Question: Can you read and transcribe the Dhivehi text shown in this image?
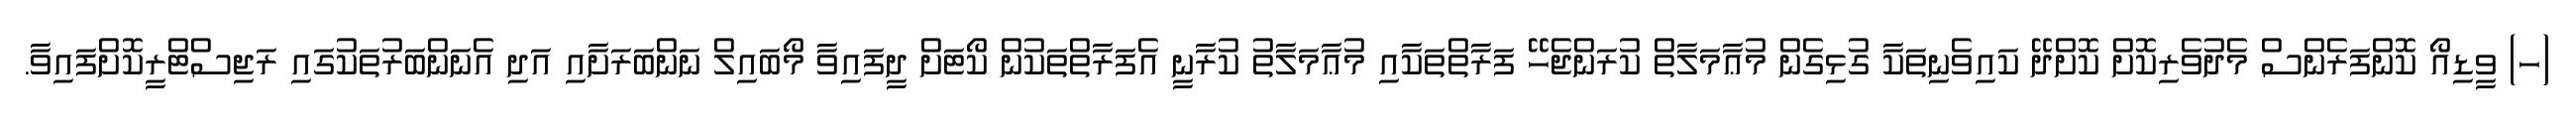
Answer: (ހ) ވީޑިއޯ ކޮންފަރެންސް މެދުވެރިކޮށް ކޮށްދޭ ކައިވެނިތަކާ ގުޅިގެން މުޢާމަލާތް ކުރަންޖެހޭ ފަރާތްތަކާއި މުޢާމަލާތު ކުރާނީ އެފަރާތްތަކުން ކޯޓަށް ދީފައިވާ މޯބައިލް ނަންބަރަށާއި އަދި އެނަންބަރުތަކުގައި ރަޖިސްޓްރީކޮށްފައިވާ.